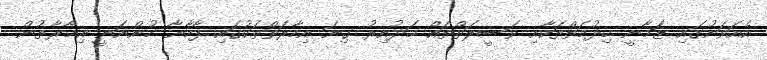
އެއަވަށުގައި ޒަމާނީ ހިދުމަތްތަކާއި ވަސީލަތްތައް މަދުއިރު ގިނަ އިމާރަތްތަކުގައި ފާހާނާ ހުންނަނީ އިމާރާތުން